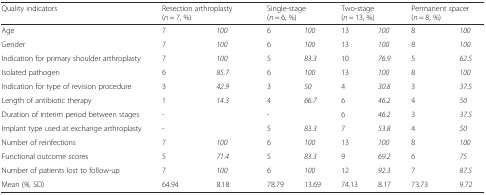
| Quality indicators | <COLSPAN=2> Resection arthroplasty (n = 7, %) | <COLSPAN=2> Single-stage (n = 6, %) | <COLSPAN=2> Two-stage (n = 13, %) | <COLSPAN=2> Permanent spacer (n = 8, %) |
 | --- | --- | --- | --- | --- | --- | --- | --- | --- |
 | Age | 7 | 100 | 6 | 100 | 13 | 100 | 8 | 100 |
 | Gender | 7 | 100 | 6 | 100 | 13 | 100 | 8 | 100 |
 | Indication for primary shoulder arthroplasty | 7 | 100 | 5 | 83.3 | 10 | 76.9 | 5 | 62.5 |
 | Isolated pathogen | 6 | 85.7 | 6 | 100 | 13 | 100 | 8 | 100 |
 | Indication for type of revision procedure | 3 | 42.9 | 3 | 50 | 4 | 30.8 | 3 | 37.5 |
 | Length of antibiotic therapy | 1 | 14.3 | 4 | 66.7 | 6 | 46.2 | 4 | 50 |
 | Duration of interim period between stages | - |  | - |  | 6 | 46.2 | 3 | 37.5 |
 | Implant type used at exchange arthroplasty | - |  | 5 | 83.3 | 7 | 53.8 | 4 | 50 |
 | Number of reinfections | 7 | 100 | 6 | 100 | 13 | 100 | 8 | 100 |
 | Functional outcome scores | 5 | 71.4 | 5 | 83.3 | 9 | 69.2 | 6 | 75 |
 | Number of patients lost to follow-up | 7 | 100 | 6 | 100 | 12 | 92.3 | 7 | 87.5 |
 | Mean (%, SD) | 64.94 | 8.18 | 78.79 | 13.69 | 74.13 | 8.17 | 73.73 | 9.72 |